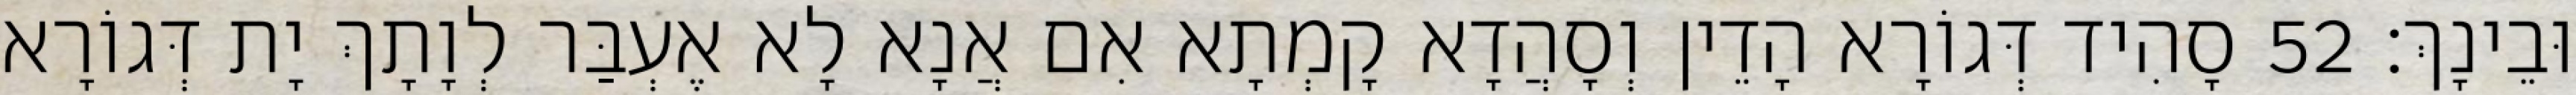
וּבֵינָךְ׃ 52 סָהִיד דְּגוֹרָא הָדֵין וְסָהֲדָא קָמְתָא אִם אֲנָא לָא אֶעְבַּר לְוָתָךְ יָת דְּגוֹרָא